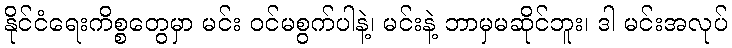
နိုင်ငံရေးကိစ္စတွေမှာ မင်း ဝင်မစွက်ပါနဲ့၊ မင်းနဲ့ ဘာမှမဆိုင်ဘူး၊ ဒါ မင်းအလုပ်